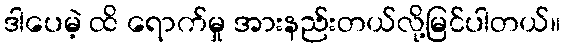
ဒါပေမဲ့ ထိ ရောက်မှု အားနည်းတယ်လို့မြင်ပါတယ်။